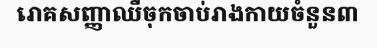
រោគសញ្ញាឈឺចុកចាប់រាងកាយចំនួន៣